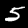
Digit: 5